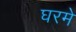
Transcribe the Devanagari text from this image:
घरमे